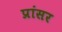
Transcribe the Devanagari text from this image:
प्रांसर